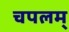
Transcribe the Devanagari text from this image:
चपलम्